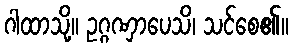
ဂါထာသို့။ ဥဂ္ဂဏှာပေသိ၊ သင်စေ၏။